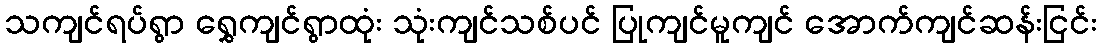
သကျင်ရပ်ရွာ ရွှေကျင်ရွာထုံး သုံးကျင်သစ်ပင် ပြုကျင်မူကျင် အောက်ကျင်ဆန်းငြင်း